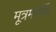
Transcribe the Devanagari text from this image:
मूत्रमार्गीय